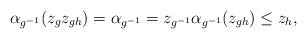
LaTeX: \begin{align*}\alpha_{g^{-1}}(z_gz_{gh})=\alpha_{g^{-1}}=z_{g^{-1}}\alpha_{g^{-1}}(z_{gh})\leq z_h,\end{align*}